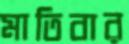
মাতিবার